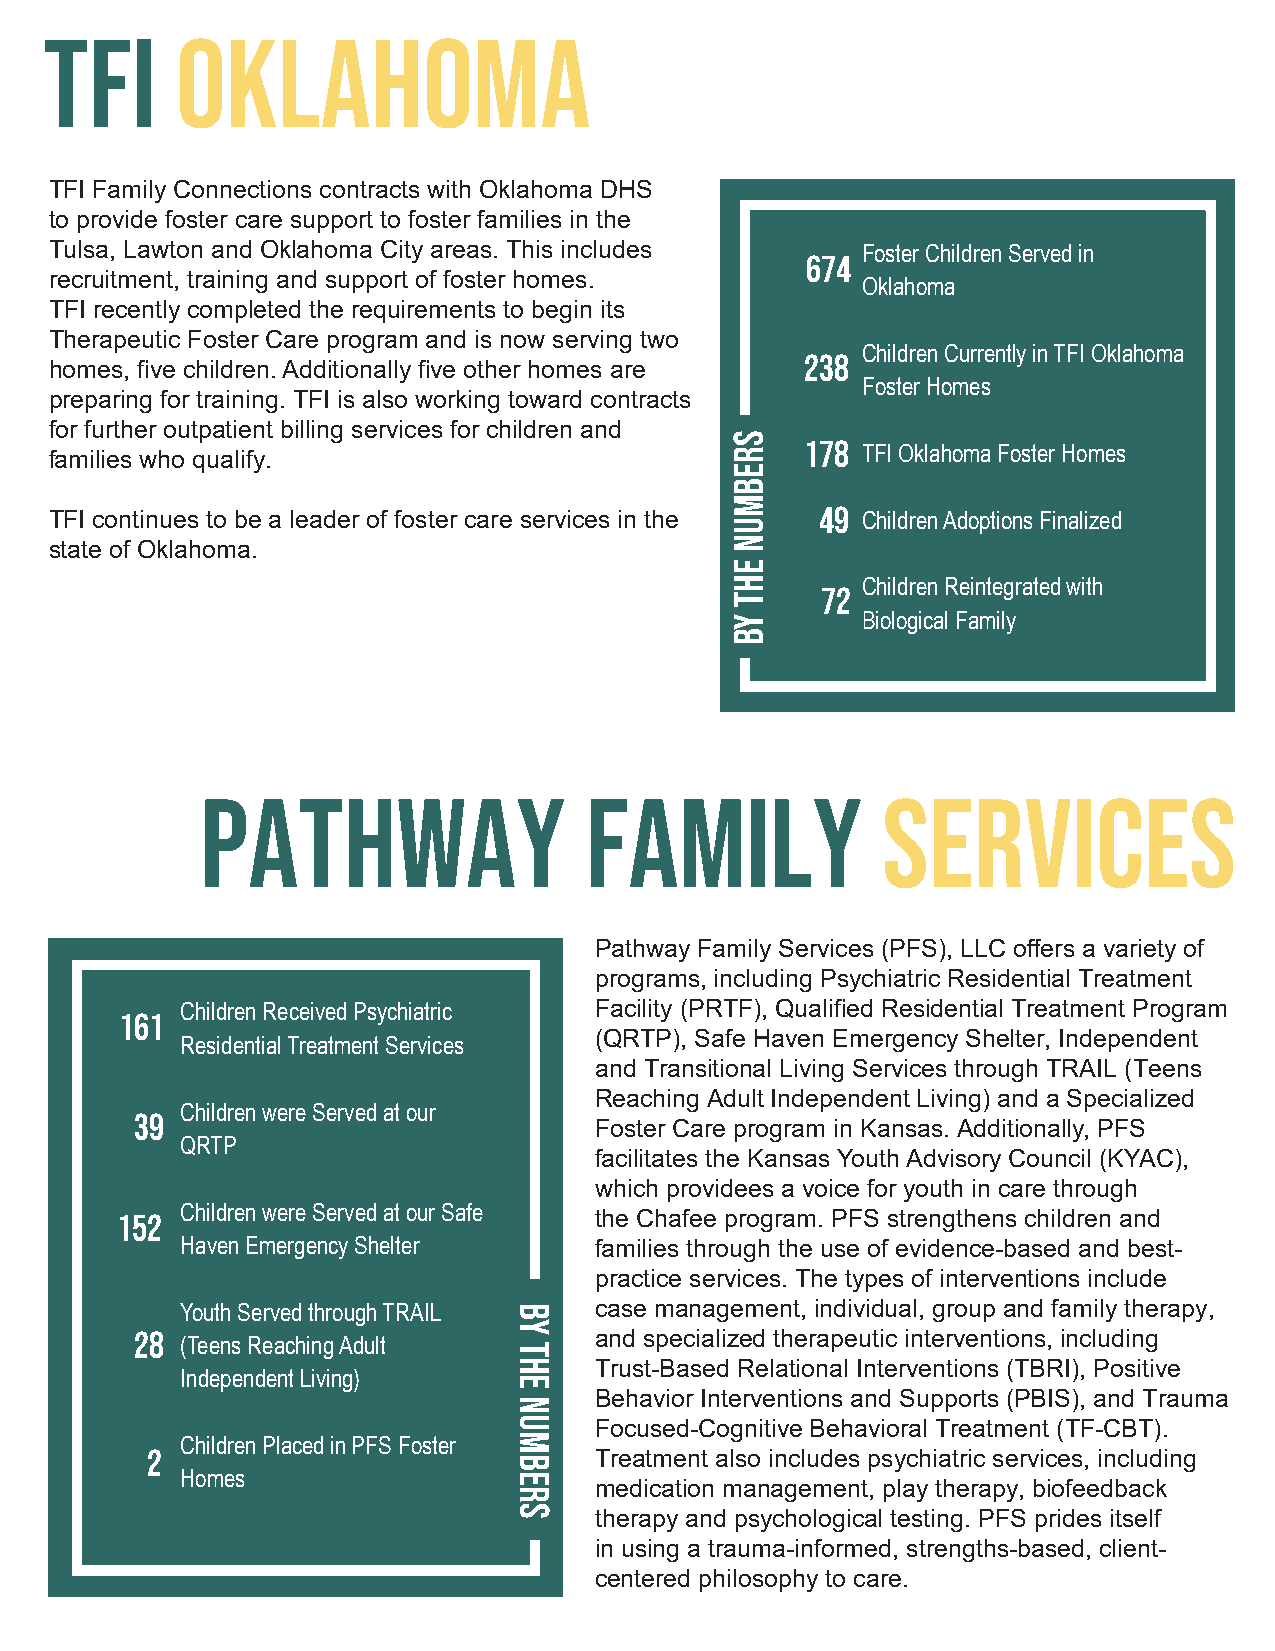
TFI      Oklahoma
 TFI Family Connections contracts with Oklahoma DHS
 to provide foster care support to foster families in the
 Tulsa, Lawton and Oklahoma City areas. This includes  Foster Children Served in
 674
 recruitment, training and support of foster homes.
 Oklahoma
 TFI recently completed the requirements to begin its
 Therapeutic Foster Care program and is now serving two
 238 Children Currently in TFI Oklahoma
 homes, five children. Additionally five other homes are
 Foster Homes
 preparing for training. TFI is also working toward contracts
 for further outpatient billing services for children and
 178
 TFI Oklahoma Foster Homes
 families who qualify.
 49
 TFI continues to be a leader of foster care services in the Children Adoptions Finalized
 state of Oklahoma.
 72 Children Reintegrated with
 Biological Family
 Pathway                   Family             Services
 Pathway Family Services (PFS), LLC offers a variety of
 programs, including Psychiatric Residential Treatment
 Children Received Psychiatric Facility (PRTF), Qualified Residential Treatment Program
 161
 (QRTP), Safe Haven Emergency Shelter, Independent
 Residential Treatment Services
 and Transitional Living Services through TRAIL (Teens
 Reaching Adult Independent Living) and a Specialized
 Children were Served at our
 39
 Foster Care program in Kansas. Additionally, PFS
 QRTP
 facilitates the Kansas Youth Advisory Council (KYAC),
 which providees a voice for youth in care through
 Children were Served at our Safe
 152                            the Chafee program. PFS strengthens children and
 Haven Emergency Shelter    families through the use of evidence-based and best-
 practice services. The types of interventions include
 Youth Served through TRAIL case management, individual, group and family therapy,
 28                            and specialized therapeutic interventions, including
 (Teens Reaching Adult
 Trust-Based Relational Interventions (TBRI), Positive
 Independent Living)
 Behavior Interventions and Supports (PBIS), and Trauma
 Focused-Cognitive Behavioral Treatment (TF-CBT).
 Children Placed in PFS Foster
 2                            Treatment also includes psychiatric services, including
 Homes
 medication management, play therapy, biofeedback
 therapy and psychological testing. PFS prides itself
 in using a trauma-informed, strengths-based, client-
 centered philosophy to care.
 by
 the
 numbers
 srebmun
 eht
 yb